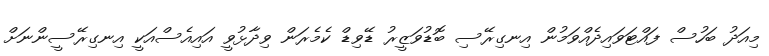
މިއަދު ބަހުސް ފައްޓަވައިދެއްވަމުން އިނގިރޭސި ބޮޑުވަޒީރު ޑޭވިޑް ކެމެރަން ވިދާޅުވީ އައިއެސްއަކީ އިނގިރޭސީންނަށް